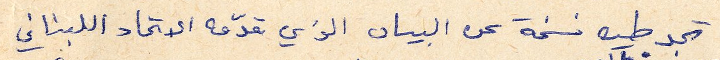
تجد طيه نسخة عن البيان الذي قدمه الاتحاد اللبناني